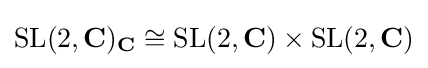
\mathrm {SL} (2,\mathbf {C} )_{\mathbf {C} }\cong \mathrm {SL} (2,\mathbf {C} )\times \mathrm {SL} (2,\mathbf {C} )